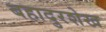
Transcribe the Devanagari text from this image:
बहादुरशेख